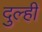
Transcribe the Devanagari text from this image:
दुल्ही